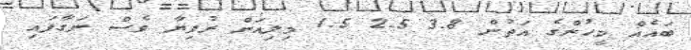
ބައެއް މީހުންގެ އަތުން 3.8 2.5 1.5 މިލިއަން ރުފިޔާ ވެސް ނަގާފައި